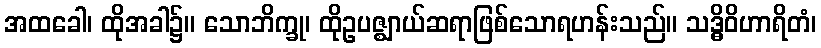
အထခေါ၊ ထိုအခါ၌။ သောဘိက္ခု၊ ထိုဥပဇ္ဈာယ်ဆရာဖြစ်သောရဟန်းသည်။ သဒ္ဓိဝိဟာရိတံ၊